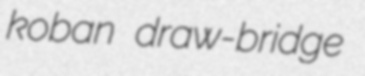
koban draw-bridge